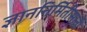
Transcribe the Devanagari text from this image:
ज्ञाननिर्मितीसाठी